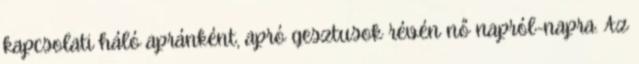
kapcsolati háló apránként, apró gesztusok révén nő napról-napra. Az